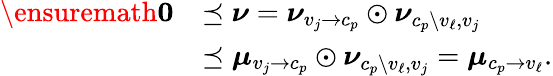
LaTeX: \begin{array}{rl}{\ensuremath{\boldsymbol{0}}}&{\preceq\boldsymbol{\nu}=\boldsymbol{\nu}_{v_{j}\to c_{p}}\odot\boldsymbol{\nu}_{c_{p}\setminus v_{\ell},v_{j}}}\\ &{\preceq\boldsymbol{\mu}_{v_{j}\to c_{p}}\odot\boldsymbol{\nu}_{c_{p}\setminus v_{\ell},v_{j}}=\boldsymbol{\mu}_{c_{p}\to v_{\ell}}.}\end{array}